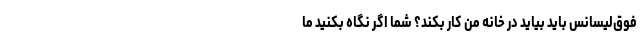
فوق‌لیسانس باید بیاید در خانه من کار بکند؟ شما اگر نگاه بکنید ما